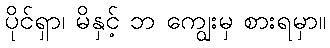
ပိုင်ရှာ၊ မိနှင့် ဘ ကျွေးမှ စားရမှာ။